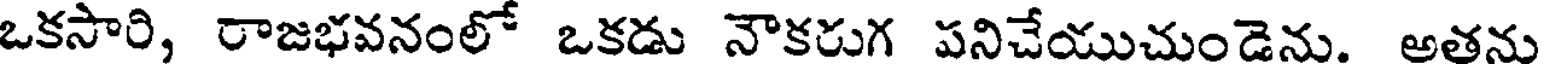
ఒకసారి, రాజభవనంలో ఒకడు నౌకరుగ పనిచేయుచుండెను. అతను